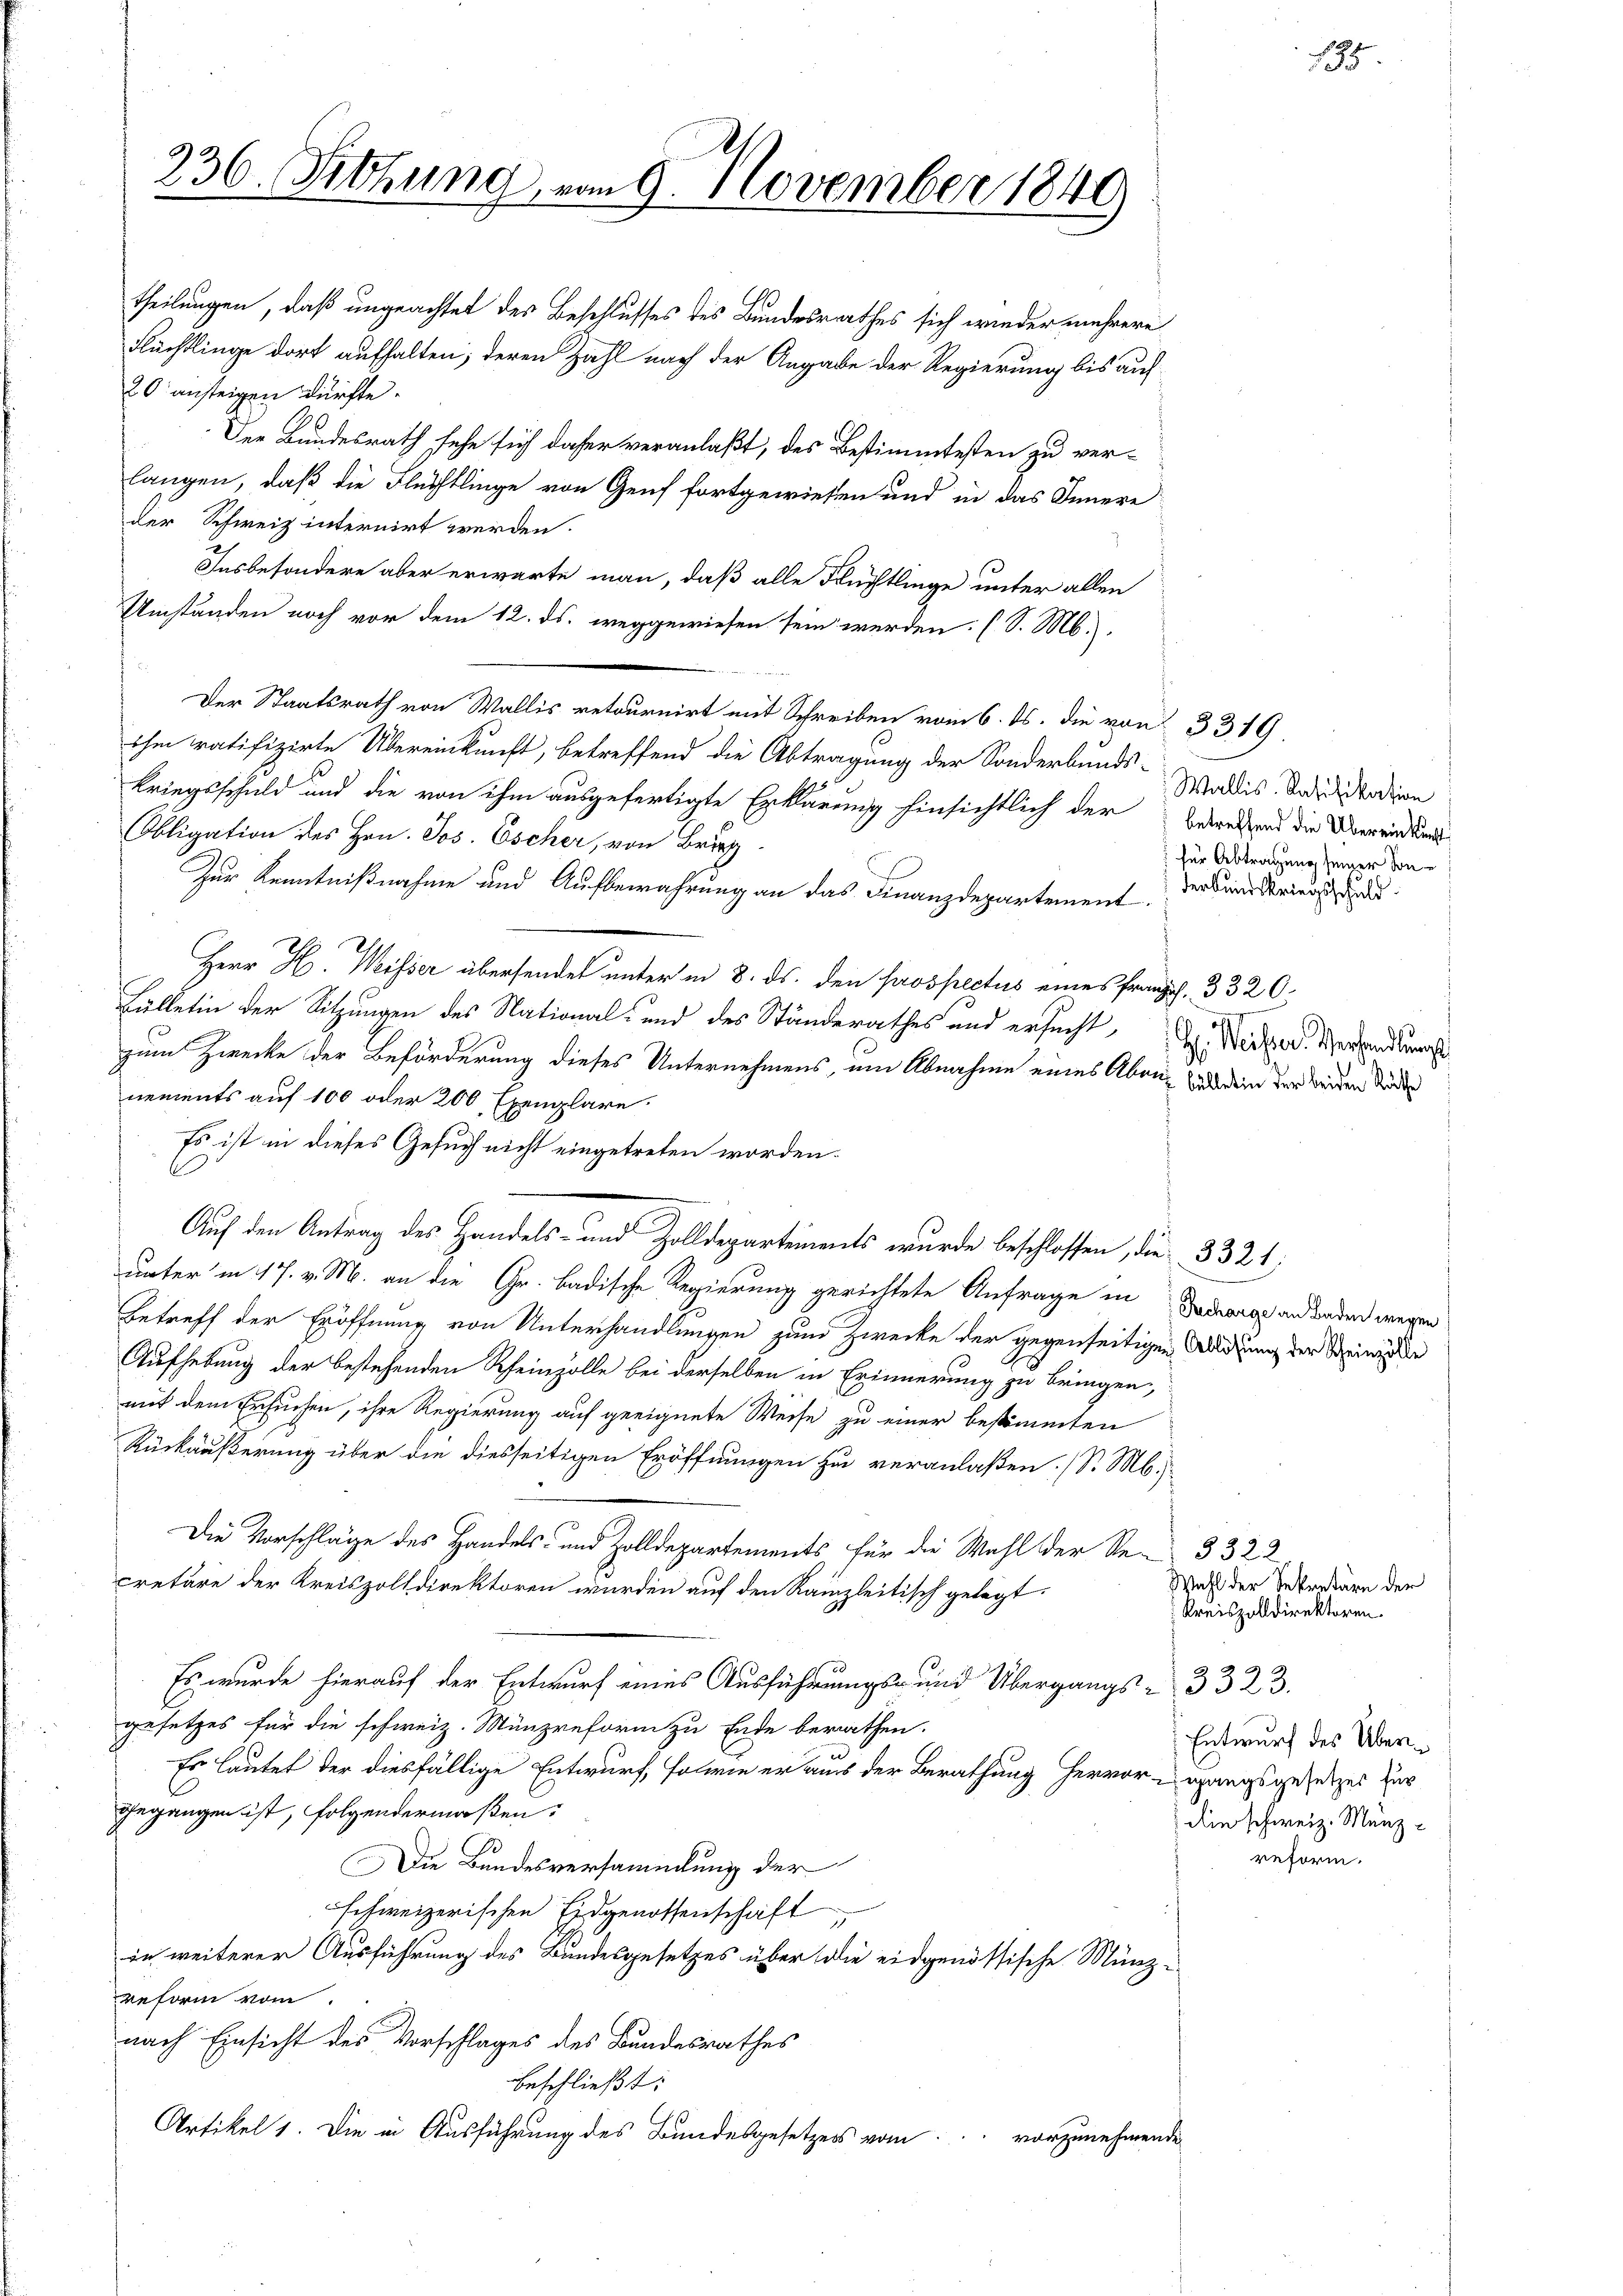
236. Sitzung vom 9. November 1849

theilungen, daß ungeachtet des Beschlusses des Bundesrathes sich wieder mehrere
Flüchtlinge dort aufhalten; deren Zahl nach der Angabe der Regierung bis auf
20 ansteigen dürfte.
Der Bundesrath sehe sich daher veranlaßt, des Bestimmtesten zu ver-
langen, daß die Flüchtlinge von Genf fortgewiesen und in das Innere
der Schweiz internirt werden.
Insbesondere aber erwarte man, daß alle Flüchtlinge unter allen
Umständen noch vor dem 12. ds. weggewiesen sein werden. (S. M.).
f
Der Staatsrath von Wallis retournirt mit Schreiben vom 6. ds. die von 3319.
ihm ratifizirte Übereinkunft, betreffend die Abtragung der Sonderbunds-
Kriegsschuld und die von ihm ausgefertigte Erklärung hinsichtlich der Berechen die Überwindungs¬
Obligation des Hrn. Jos. Escher, von Brie
Zur Kenntnißnahme und Aufbewahrung an das Finanzdepartement.
Herr H. Weisser übersendet unter in 8. ds. den Prospectus eines franz. 3320.
Fülletin der Sitzungen des National- und des Ständerathes und ersucht, Dr. Werker. Verhandlungs
zum Zwecke der Beförderung dieses Unternehmens, um Abnahme eines Aben- und dem der Beiden Südde
nements auf 100 oder 200 Exemplare
Es ist in dieses Gesuch nicht eingetreten worden.
Auf den Antrag des Handels- und Zolldepartements wurde beschlossen, die 3321:
unter in 17. v. M. an die Gr. badische Regierung gerichtete Anfrage in Darnach andenden wegen
Betreff der Eröffnung von Unterhandlungen zum Zwecke der gegenseitigen Ablösung der Steinige
Aufhebung der bestehenden Rheinzolle bei derselben in Erinnerung zu bringen,
mit dem Ersuchen, ihre Regierung auf geeignete Weise zu einer bestimmten
Rückäußerung über die diesseitigen Eröffnungen zu veranlaßen. (S. M.
Die Vorschläge des Handels- und Zolldepartements für die Wahl der Re-3322
cretäre der Kreiszolldirektoren wurden auf den Rainzleitisch gelegt.
Es wurde hierauf der Entwurf eines Ausführungs- und Übergangs- 332. 3.
gesetzes für die schweiz. Münzreform zu Ende berathen.
Es lautet der diesfällige Entwurf, sowie er aus der Berathung hervorgangsgesetzes zur
gegangen ist, folgendermaßen:
Die Bundesversammlung der
schweizerischen Eidgenossenschaft
in weiterer Ausführung des Bundesgesetzes über die eidgenössische Münz¬
Reform vom
nach Einsicht des Vorschlages des Bundesrathes
beschließt:
Artikel 1. Die in Ausführung des Bundesgesetzers vom vorzunehmende

Wallis. Ratifikation
 für Abtragung seiner Sonder Kundskriegsschuld

15

Wahl der Sekretäre der
 Kreiszolldirektoren.
Entwurf des Überdie schweiz. Münzreform.